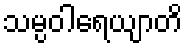
သမ္ပဝါရေယျာတိ